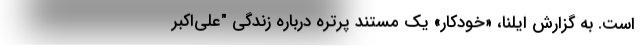
است. به گزارش ایلنا، «خودکار» یک مستند پرتره درباره زندگی "علی‌اکبر